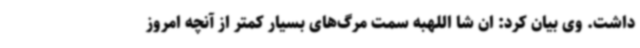
داشت. وی بیان کرد: ان شا اللهبه سمت مرگ‌های بسیار کمتر از آنچه امروز